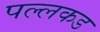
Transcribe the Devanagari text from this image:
पल्लकड